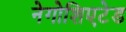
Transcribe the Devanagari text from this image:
नेगोशिएटेड